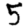
Digit: 5